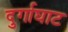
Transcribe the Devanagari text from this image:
दुर्गाघाट